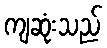
ကျဆုံးသည်